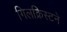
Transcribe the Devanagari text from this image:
गिलक्रिस्टने